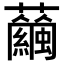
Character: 𧅇